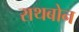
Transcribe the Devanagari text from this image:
राथबोन